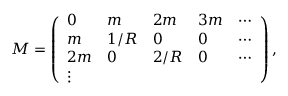
{ \cal M } = \left( \begin{array} { l l l l l } { { 0 } } & { { m } } & { { 2 m } } & { { 3 m } } & { { \cdots } } \\ { { m } } & { { 1 / R } } & { { 0 } } & { { 0 } } & { { \cdots } } \\ { { 2 m } } & { { 0 } } & { { 2 / R } } & { { 0 } } & { { \cdots } } \\ { { \vdots } } \end{array} \right) ,